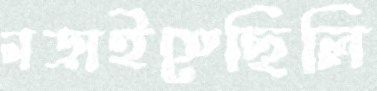
নড়াইতেছিলি